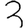
Digit: 3